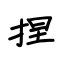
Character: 捏